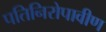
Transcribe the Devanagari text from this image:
पतिनिरोपावीण